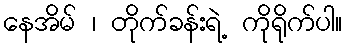
နေအိမ် ၊ တိုက်ခန်းရဲ့ ကိုရိုက်ပါ။